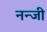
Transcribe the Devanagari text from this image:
नन्जी